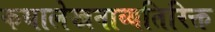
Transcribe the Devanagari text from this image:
कथालेखनाव्यतिरिक्त